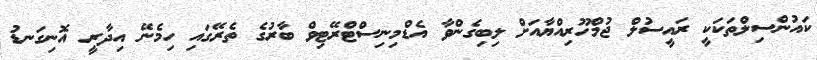
ކައުންސިލްތަކަކީ ރައީސުލް ޖުމްހޫރިއްޔާއަށް ލިބިގެންވާ އެޑްމިނިސްޓްރޭޓިވް ބާރުގެ ތެރޭގައި ހިމެނޭ އިދާރީ އޮނިގަނޑު